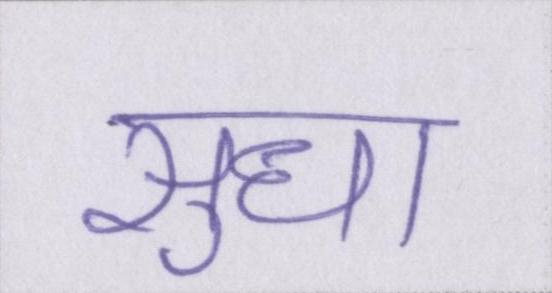
सुधा